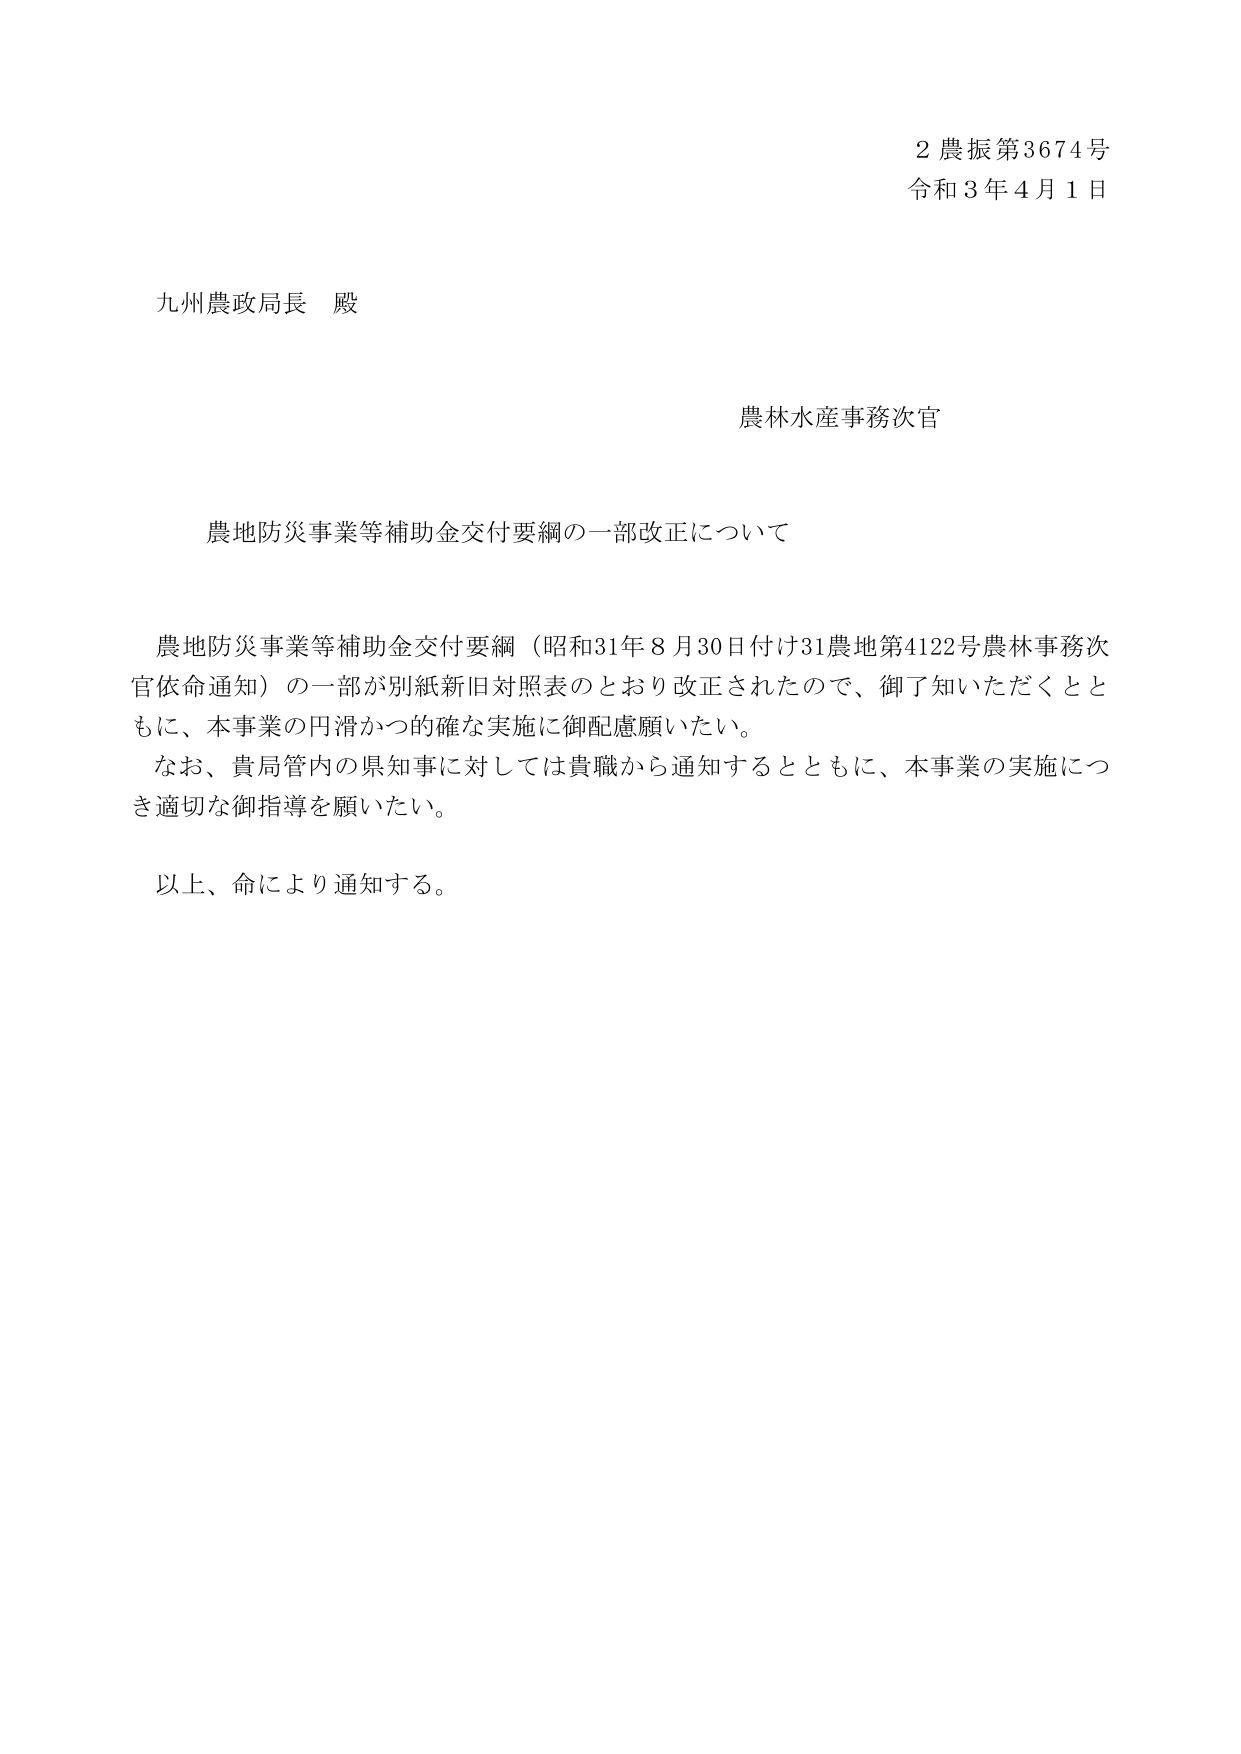
2農振第3674号
令和3年4月1日

九州農政局長 殿

農林水産事務次官

農地防災事業等補助金交付要綱の一部改正について

農地防災事業等補助金交付要綱（昭和31年8月30日付け31農地第4122号農林事務次官依命通知）の一部が別紙新旧対照表のとおり改正されたので、御了知いただくとともに、本事業の円滑かつ的確な実施に御配慮願いたい。
なお、貴局管内の県知事に対しては貴職から通知するとともに、本事業の実施につき適切な御指導を願いたい。

以上、命により通知する。